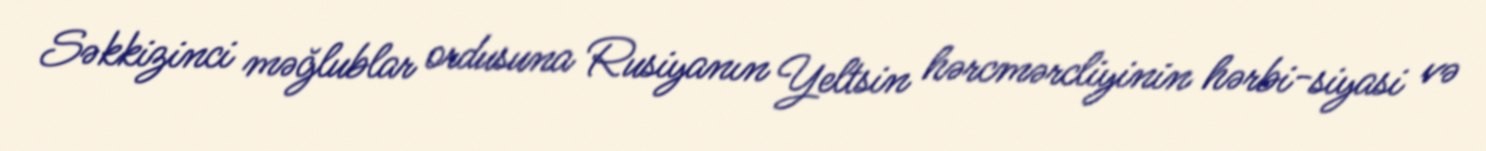
Səkkizinci məğlublar ordusuna Rusiyanın Yeltsin hərcmərcliyinin hərbi-siyasi və